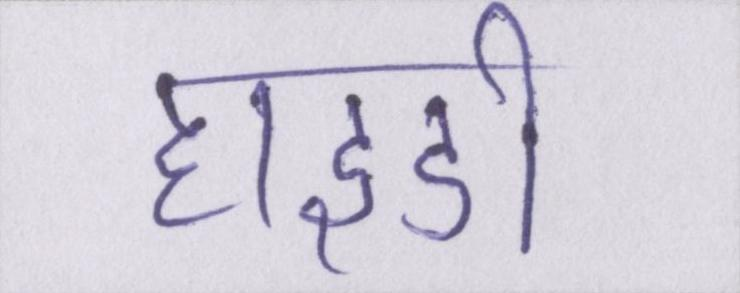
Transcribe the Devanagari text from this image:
हाइडी